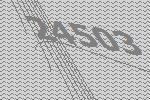
24503